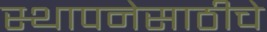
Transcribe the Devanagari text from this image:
स्थापनेसाठीचे